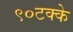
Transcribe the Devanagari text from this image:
९०टक्के